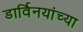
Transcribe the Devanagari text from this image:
डार्विनयांच्या